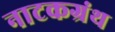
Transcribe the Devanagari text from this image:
नाटकग्रंथ